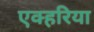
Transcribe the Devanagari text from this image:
एक्हरिया